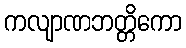
ကလျာဏဘတ္တိကော